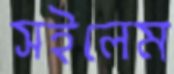
সইলেম